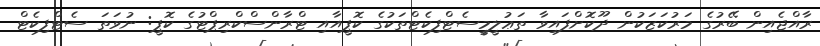
ރާއްޖެއިން ބޭރުގެ މަރުކަޒަކުން ދޫކޮށްފައިވާ ތަޢުލީމީސެޓްފިކެޓްތަކުގެ ކޮޕީއާއި ޓްރާންސްކްރިޕްޓުގެ ކޮޕީ: ނުވަތަ ސެޓްފިކެޓް